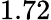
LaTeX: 1.72